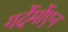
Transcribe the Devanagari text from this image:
गर्देर्मोएन